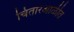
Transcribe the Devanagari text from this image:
चितारआळीत